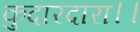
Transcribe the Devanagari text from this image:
कुदारदारा।।